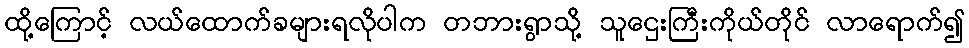
ထို့ကြောင့် လယ်ထောက်ခများရလိုပါက တဘားရွာသို့ သူဌေးကြီးကိုယ်တိုင် လာရောက်၍